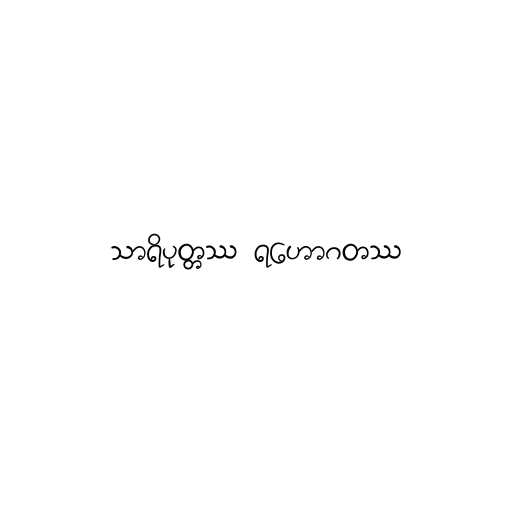
သာရိပုတ္တဿ ရဟောဂတဿ